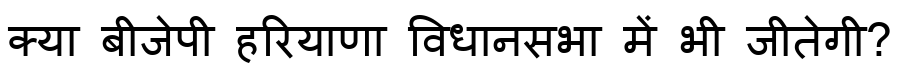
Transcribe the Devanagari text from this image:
क्या बीजेपी हरियाणा विधानसभा में भी जीतेगी?